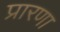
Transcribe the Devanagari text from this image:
प्रारणा